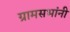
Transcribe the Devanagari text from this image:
ग्रामसभांनी